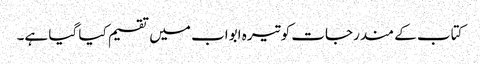
کتاب کے مندرجات کو تیرہ ابواب میں تقسیم کیا گیا ہے۔